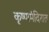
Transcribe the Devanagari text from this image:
कृष्णमंदिरात